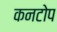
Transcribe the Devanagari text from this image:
कनटोप